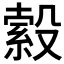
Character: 𣪺